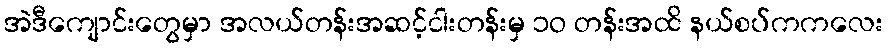
အဲဒီကျောင်းတွေမှာ အလယ်တန်းအဆင့်ငါးတန်းမှ ၁ဝ တန်းအထိ နယ်စပ်ကကလေး